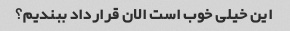
این خیلی خوب است الان قرارداد ببندیم؟